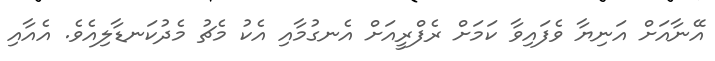
އޭނާއަށް އަނިޔާ ވެފައިވާ ކަމަށް ރެފްރީއަށް އެނގުމާއި އެކު މެޗު މެދުކަނޑާލިއެވެ. އެއާއި